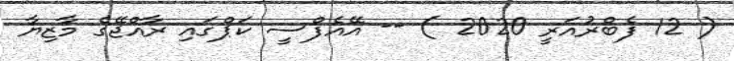
( 12 ފެބްރުއަރީ 2020 ) -- އޭއެފްސީ ކަޕްގައި ރާއްޖޭގެެ މާޒިޔާ